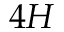
4 H